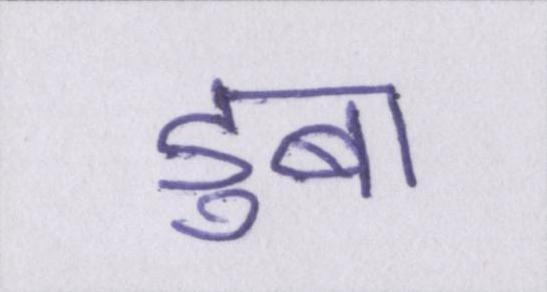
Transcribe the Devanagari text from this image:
डुबा